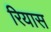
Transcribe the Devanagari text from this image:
रियास